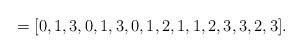
LaTeX: \begin{align*}=[0,1,3,0,1,3,0,1,2,1,1,2,3,3,2,3].\end{align*}